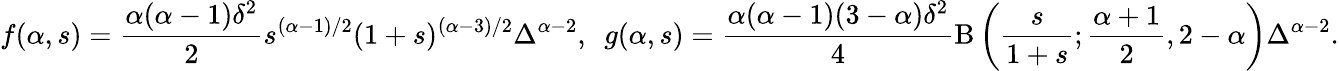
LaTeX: f(\alpha,s)=\frac{\alpha(\alpha-1)\delta^{2}}{2}s^{(\alpha-1)/2}(1+s)^{(\alpha-3)/2}\Delta^{\alpha-2},\, \, \, g(\alpha,s)=\frac{\alpha(\alpha-1)(3-\alpha)\delta^{2}}{4}\mathrm{B}\left(\frac{s}{1+s};\frac{\alpha+1}{2},2-\alpha\right)\Delta^{\alpha-2}.